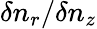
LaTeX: \delta n_{r}/\delta n_{z}